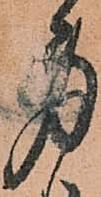
身